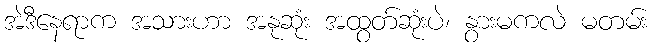
အဲဒီနေရာက အသားဟာ အနုဆုံး အထွတ်ဆုံးပဲ၊ နွားမကလဲ မတမ်း